Report on vaccination in Madras 1904-1921 - 1904-1921
Year: 1904
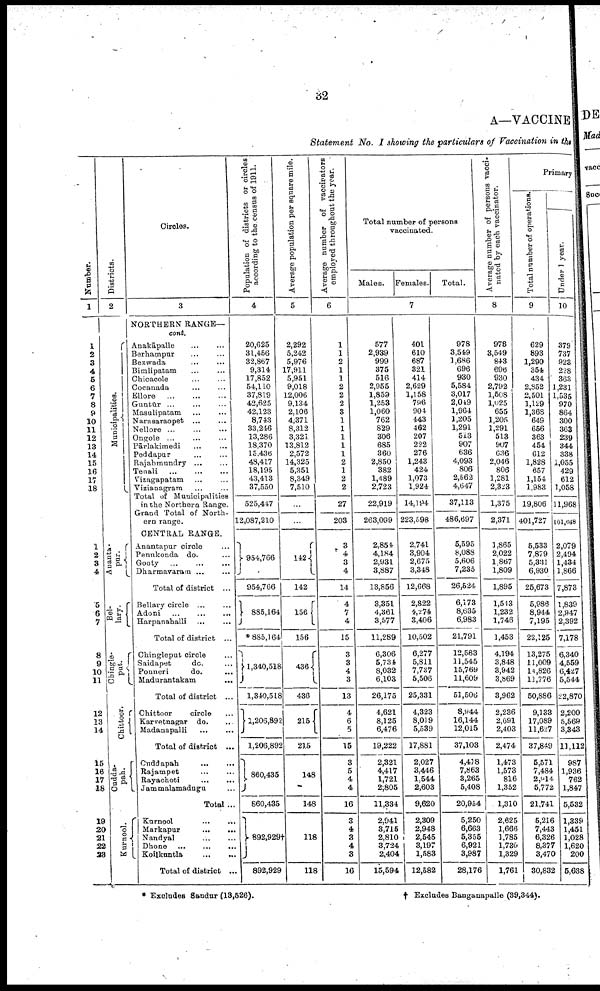
32
A—VACCINE
Statement No. I showing the particulars of Vaccination in the
Number.
1
1
2
3
4
5
6
7
8
9
10
11
12
13
14
15
16
17
18
1
2
3
4
5
6
7
8
9
10
11
12
13
14
15
16
17
18
19
20
21
22
28
Districts.
2
Municipalities.
Ananta-
pur.
Bel-
lary.
Chi ngl e-
put.
Chittoor.
Cudda-
pah.
Kurnool.
Circles.
3
NORTHERN RANGE—
cont.
Anakāpalle... ... ... ...
Berhampur... ... ...
Bezwada... ... ...
Bimlipatam... ... ...
Chicacole... ... ...
Cocanada... ... ...
Ellore... ... ...
Guntūr... ... ...
Masulipatam... ...
Narasaraopet... ... ...
Nellore... ... ...
Ongole... ...
Pārlakimedi... ...
Poddapur... ...
Rajahmundry... ...
Tenali...
...
Vizagapatam... ...
Vizianagram... ...
Total of Municipalities
in the Northern Range.
Grand Total of North
ern range.
CENTRAL RANGE.
Anantapur circle...
Penukonda do. ...
Gooty... ... ...
Dharmavaram... ...
Total of district ...
Bellary circle ...
Adoni...
...
...
Harpanahalli... ... ...
Total of district ...
Chingleput circle...
Saidapet
do. ...
Ponneri
do.
...
Madurantakam
...
Total of district ...
Chittoor circle...
Karvetnagar do. ...
Madanapalli...
...
Total of district ...
Cuddapah
...
...
Rajampet... ...
Rayaohoti...
...
Jammalamadugu...
Total ...
Kurnool... ...
Markapur...
...
Nandyal...
Dhone...
...
Koilkuntla... ...
Total of district ...
Population of districts or circles
according to the census of 1911.
4
20,625
31,456
32,867
9,314
17,852
54,110
37,819
42,625
42,123
8,743
33,246
13,286
18,370
15,436
43,417
18,195
43,413
37,550
525,447
12,087,210
954,766
954,766
885,164
*885,164
1,340,518
1,340,518
1,206,892
1,206,892
860,435
860,435
892,929†
892,929
Average population per square mile.
5
2,292
5,242
5,976
17,911
5,951
9,018
12,006
9,134
2,106
4,371
8,312
3,321
13,812
2,572
14,325
5,351
8,349
7,510
...
...
142
142
156
156
436
436
215
215
148
148
118
118
Average number of vaccinators
employed throughout the year.
6
1
1
2
1
1
2
2
2
3
1
1
1
1
1
2
1
2
2
27
203
3
4
3
4
14
4
7
4
15
3
3
4
3
13
4
6
5
15
3
5
4
4
16
3
4
3
4
8
16
Total number of persons
vaccinated.
Males.
577
2,939
999
375
516
2,955
1,859
1,253
1,060
762
829
306
685
360
2,850
382
1,489
2,723
22,919
263,099
2,854
4,184
2,931
3,887
13,856
3,351
4,361
3,577
11,289
6,306
5,734
8,032
6,103
26,175
4,621
8,125
6,476
19,222
2,321
4,417
1,721
2,805
11,334
2,941
3,715
2,810
3,724
2,404
15,594
Females
7
401
610
687
321
414
2,629
1,158
796
904
443
462
207
222
276
1,243
424
1,073
1,924
14,194
223,598
2,741
3,904
2,675
3,348
12,668
2,822
4,274
3,406
10,502
6,277
5,811
7,737
5,506
25,331
4,323
8,019
5,539
17,881
2,027
3,446
1,544
2,603
9,620
2,309
2,948
2,545
3,197
1,583
12,582
Total.
978
3,549
1,686
696
930
5,584
3,017
2,049
1,964
1,205
1,291
513
907
636
4,093
806
2,562
4,647
37,113
486,697
5,595
8,088
5,606
7,235
26,524
6,173
8,635
6,983
21,791
12,583
11,545
15,769
11,609
51,506
8,944
16,144
12,015
37,103
4,418
7,863
3,265
5,408
20,954
5,250
6,663
6,355
6,921
3,987
28,176
Average number of persons vacci
nated by each vaccinator.
8
978
3,549
843
696
930
2,792
1,508
1,025
655
1,205
1,291
513
907
636
2,046
806
1,281
2,323
1,375
2,371
1,865
2,022
1,867
1,809
1,895
1,513
1,232
1,746
1,453
4,194
3,848
3,942
3,869
3,962
2,236
2,691
2,403
2,474
1,473
1,573
816
1,352
1,310
2,625
1,666
1,785
1,730
1,329
1,761
Primary
Total number of operations.
9
629
893
1,290
354
434
2,352
2,501
1,129
1,369
649
656
363
454
612
1,828
657
1,154
1,983
19,806
401,727
5,533
7,879
5,331
6,930
25,673
5,986
8,944
7,195
22,125
13,275
11,009
11,826
11,776
50,886
9,133
17,089
11,627
37,849
5,571
7,484
2,914
5,772
21,741
5,216
7,443
6,326
8,377
3,470
30,832
Under 1 year.
10
379
737
923
228
363
1,231
1,535
970
864
300
363
239
344
338
1,055
429
612
1,058
11,968
101,048
2,079
2,494
1,434
1,866
7,873
1,839
2,947
2,392
7,178
6,340
4,559
6,427
5,544
22,870
2,200
5,569
3,343
11,112
987
1,936
762
1,847
5,532
1,339
1,451
1,028
1,620
200
5,638
* Excludes Sandur (13,526).
† Excludes Banganapalle (39,344).